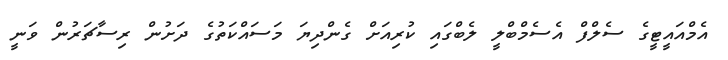
އެމްއައީޓީގެ ސެލްފް އެސެމްބްލީ ލެބްގައި ކުރިއަށް ގެންދިޔަ މަސައްކަތުގެ ދަށުން ރިސާޗަރުން ވަނީ